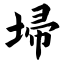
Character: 埽